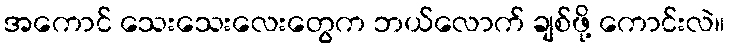
အကောင် သေးသေးလေးတွေက ဘယ်လောက် ချစ်ဖို့ ကောင်းလဲ။